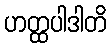
ဟတ္ထပါဒါတိ